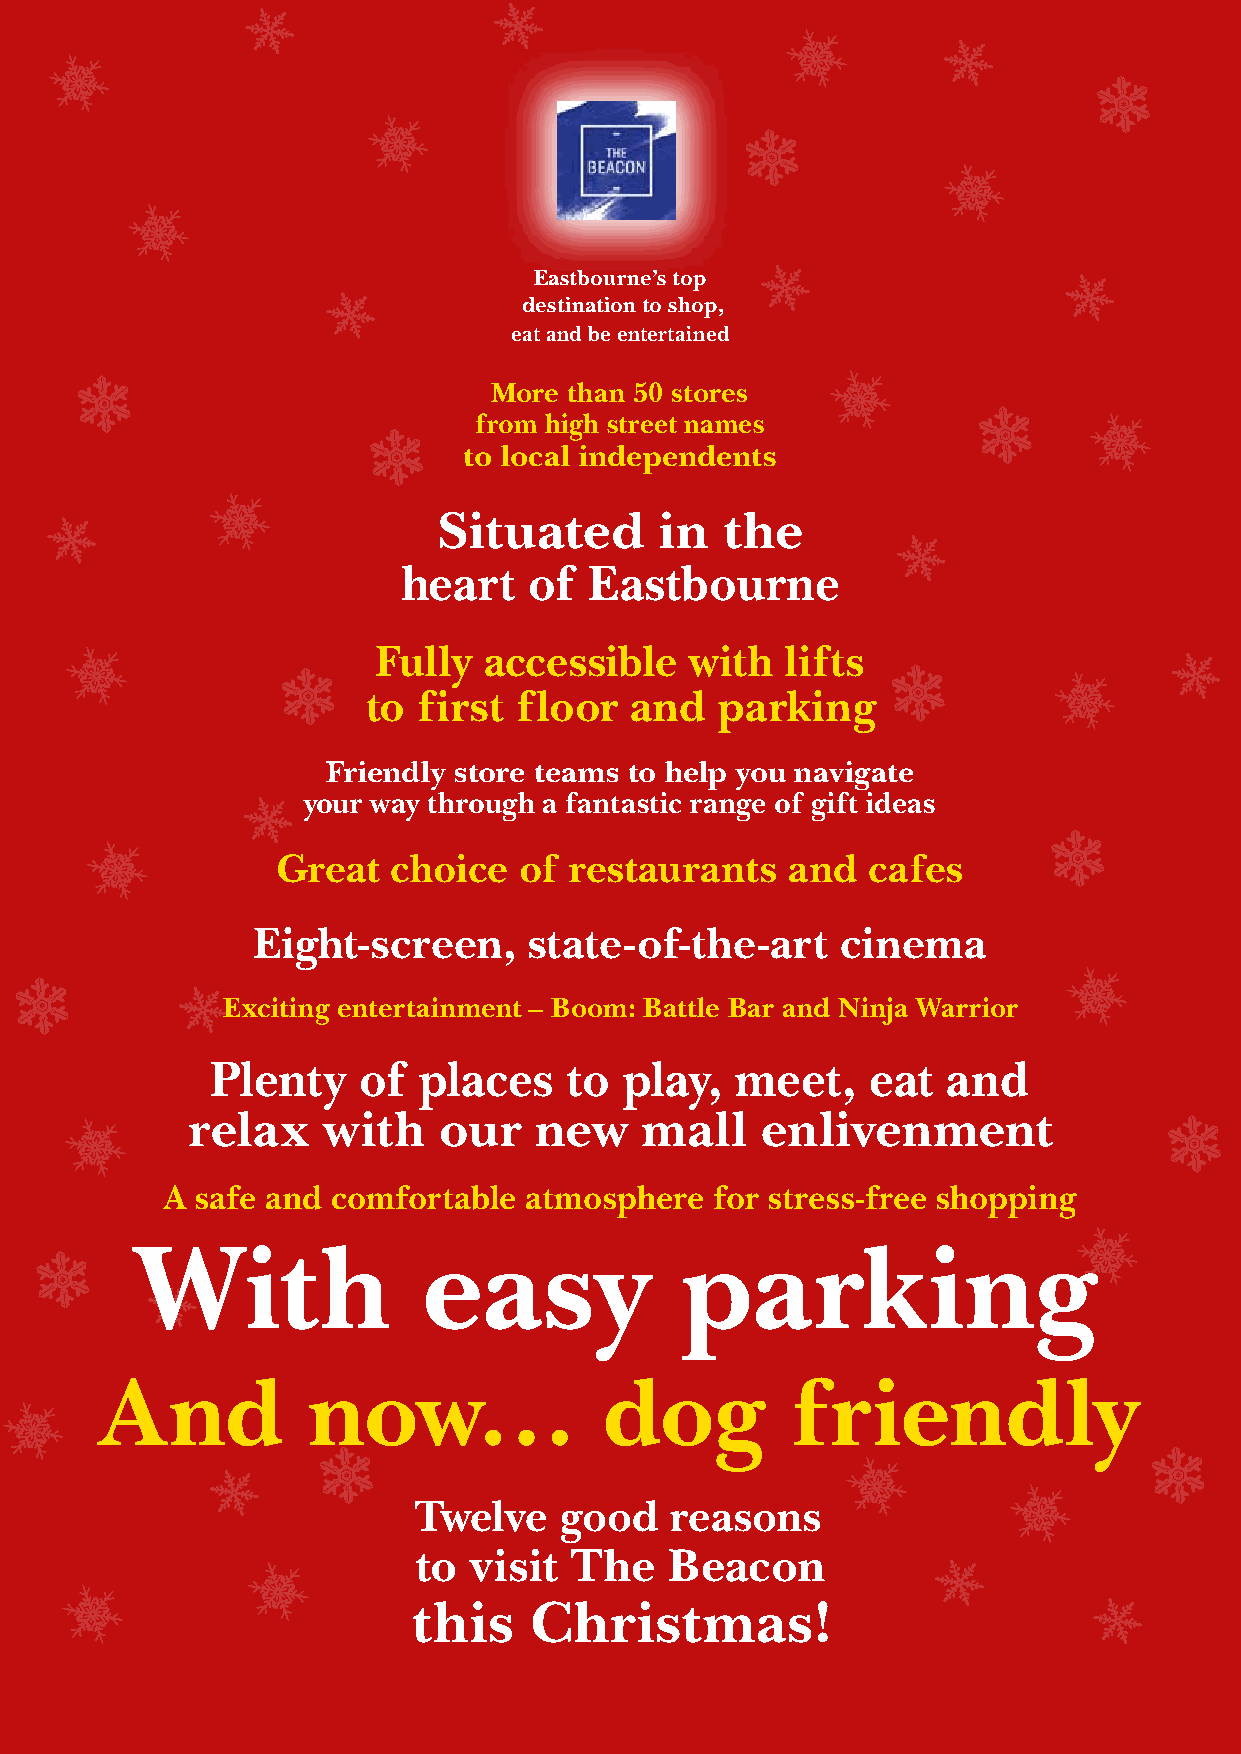
Eastbourne’s top
 destination to shop,
 eat and be entertained
 More  than 50 stores
 from high street names
 to local independents
 Situated       in  the
 heart   of  Eastbourne
 Fully  accessible    with  lifts
 to  first floor   and   parking
 Friendly store teams to help you navigate
 your way through a fantastic range of gift ideas
 Great   choice  of  restaurants   and  cafes
 Eight-screen,     state-of-the-art     cinema
 Exciting entertainment – Boom: Battle Bar and Ninja Warrior
 Plenty    of  places   to  play,   meet,    eat  and
 relax    with    our   new    mall    enlivenment
 A safe and comfortable  atmosphere  for stress-free shopping
 With               easy             parking
 And          now…                dog         friendly
 Twelve    good   reasons
 to  visit  The   Beacon
 this    Christmas!